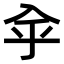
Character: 𠓧